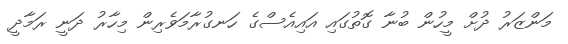
މަންޒަރު ދުށް މީހުން ބުނާ ގޮތުގައި އައިއެސްގެ ހަނގުރާމަވެރިން މިހާރު ދަނީ ރަމާދީ